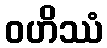
ဝဟိဿံ